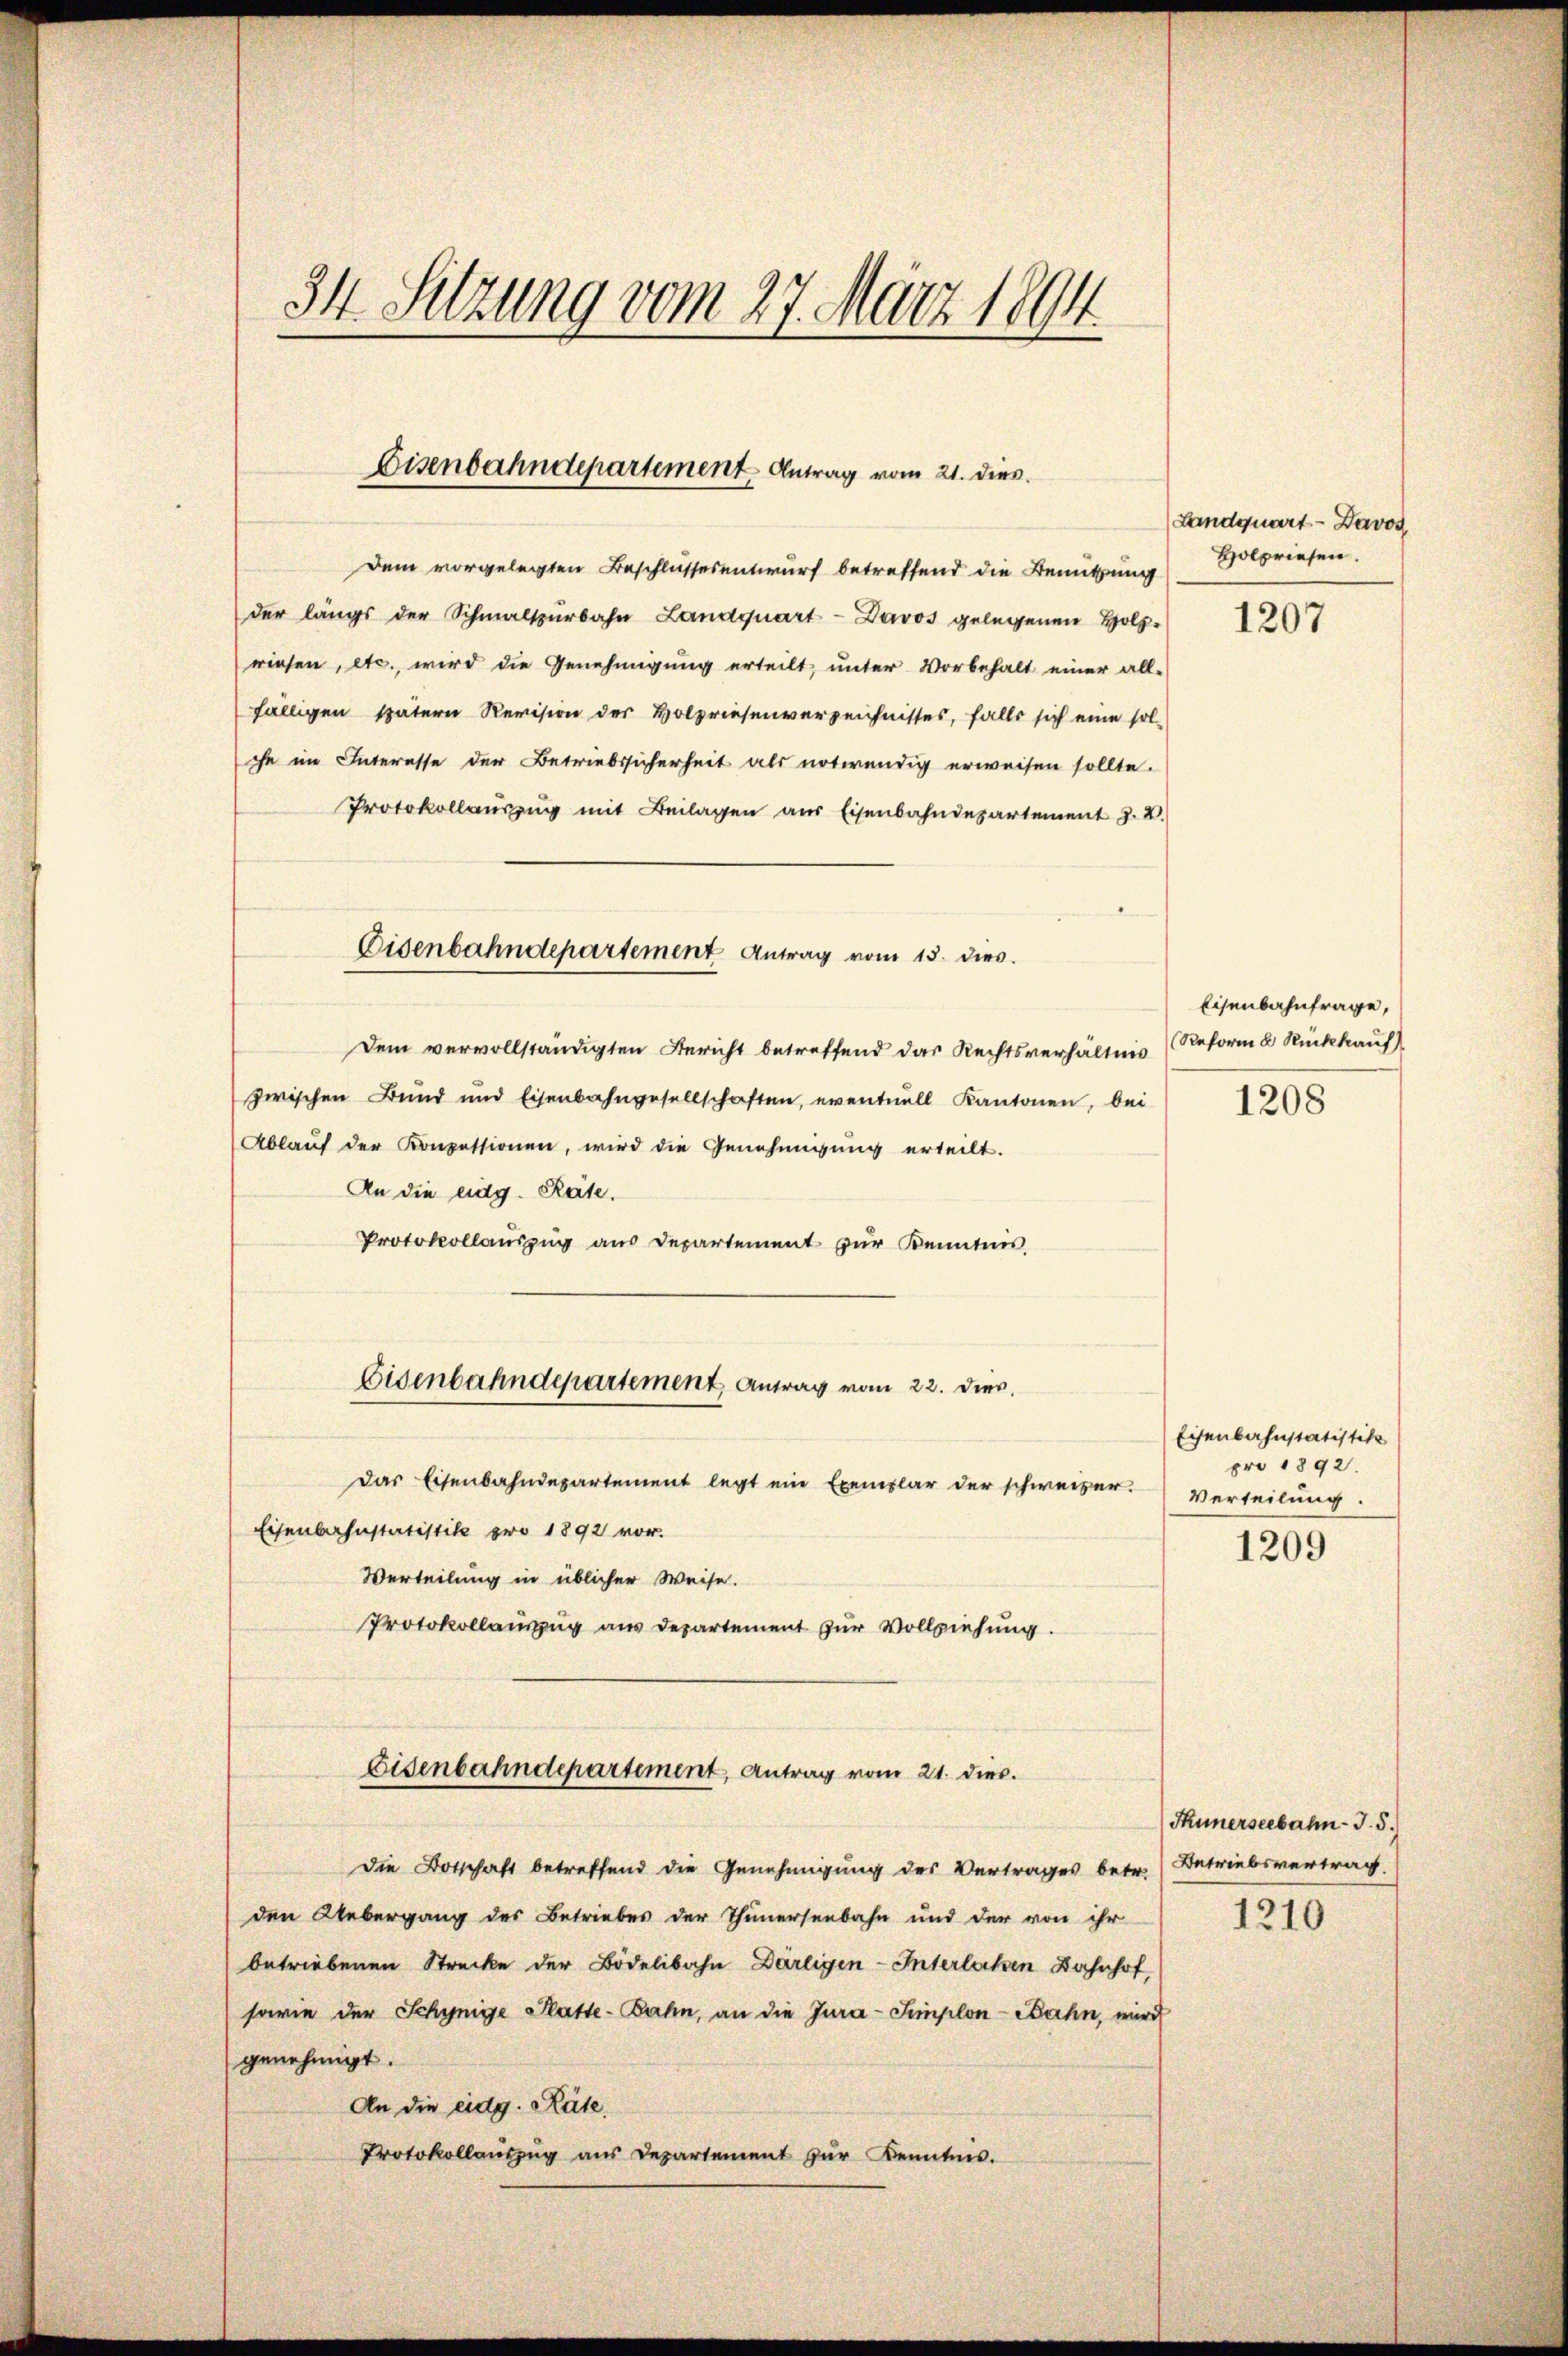
34. Sitzung vom 27. März 1894.

Eisenbahndepartement Antrag vom 21. dies

Dem vorgelegten Beschlussesentwurf betreffend die Benützung
der längs der Schmalspürbahn Landquart - Davos gelegenen Holzwiesen, etc., wird die Genehmigung erteilt, unter Vorbehalt einer all-
fälligen spätern Revision der Holzriesenverzeichnisses, falls sich eine sol-
che im Interesse der Betriebssicherheit als notwendig erweisen sollte.
Protokollauszug mit Beilagen aus Eisenbahndepartement J. V.
Dem vervollständigten Bericht betreffend das Rechtsverhältnis
zwischen Bund und Eisenbahngesellschaften, eventuell Kantonen, bei
Ablaŭf der Konzessionen, wird die Genehmigŭng erteilt.
An die eidg. Räte.
Protokollauszug aus Departement zur Kenntnis.
Eisenbahndepartement Antrag vom 22. dies
Das Eisenbahndepartement legt ein Exemplar der schweizer.
Eisenbahnstatistik pro 1892 vor.
Verteilung in üblicher Weise.
Protokollauszug aus Departement zur Vollziehung.
Eisenbahndepartement, Antrag vom 21. dies.
die Botschaft betreffend die Genehmigung des Vertrages betr. Betriebsvertrag.
den Uebergang des Betriebes der Thunersenbahn und der von ihr
betriebenen Strecke der Bödelibahn Därligen-Interlassen Bahnhof,
sowie der Schynige Platte-Bahn, an die Jura-Simplon-Bahn, wird
genehmigt.
An die eidg. Räte,
Protokollaŭszŭg ans Departement zŭr Kenntnis.

Eisenbahndepartement Antrag vom 13. dies

Landquart - Davos,
Holpriesen.

1207

Eisenbahnfrage,
Reform u. Rückkauf

1208

Eisenbahnstatistik
pro 1892.
Verteilung.
1209

Hünerseebahn- J.5.)

1210